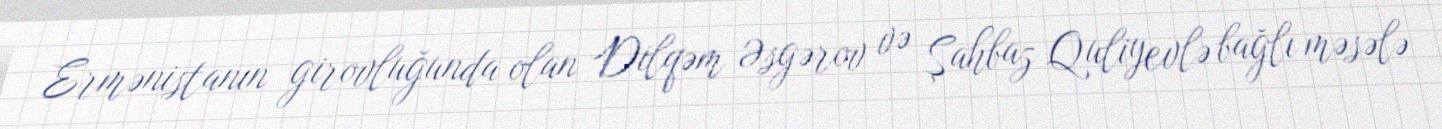
Ermənistanın girovluğunda olan Dilqəm Əsgərov və Şahbaz Quliyevlə bağlı məsələ